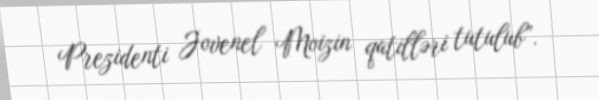
Prezidenti Jovenel Moizin qatilləri tutulub”.